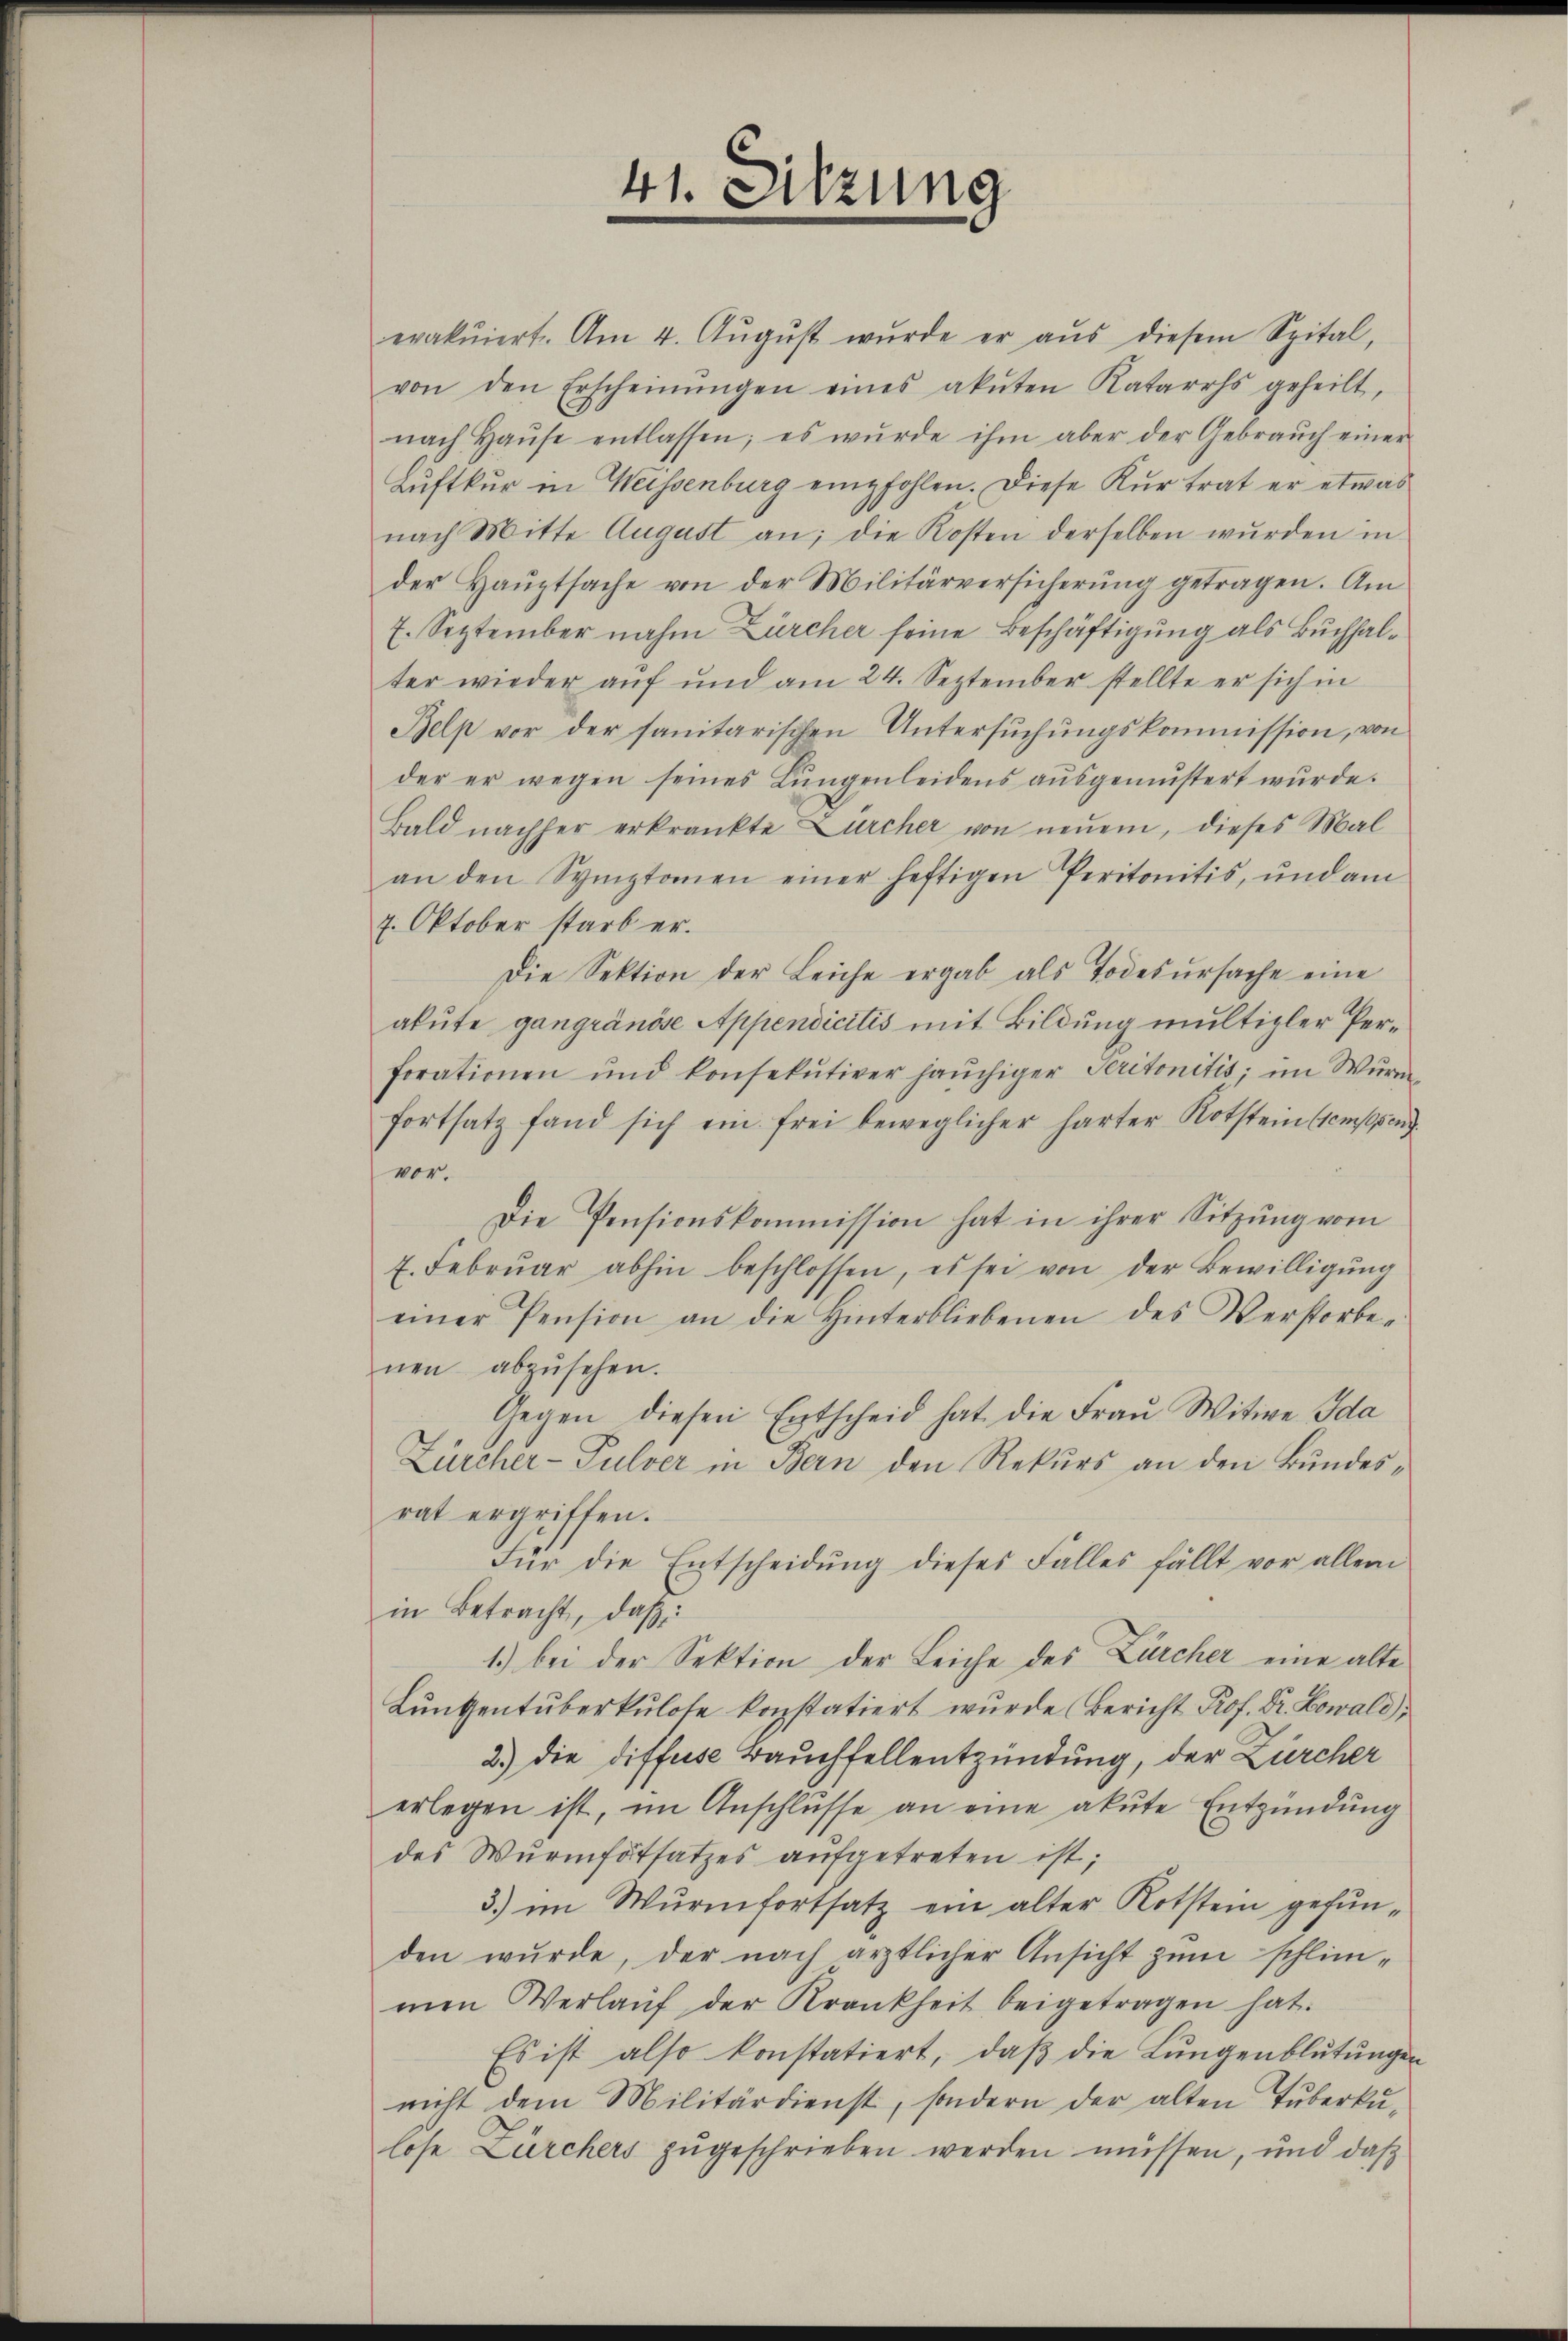
41. Sitzung

erakŭiert. Am 4. Aŭgŭst wurde er aŭs diesem Spital,
von den Erscheinŭngen eines akŭten Katarrhs geheilt,
nach Haŭse entlassen; es wurde ihm aber der Gebraŭch einer
Luftkur in Weissenburg empfohlen. Diese Kur trat er etwas
nach Mitte August an; die Kosten derselben wurden in
der Hauptsache von der Militärversicherung getragen. Am
7. September nahm Zürcher seine Beschäftigung als Buchhalter wieder auf und am 24. September stellte er sich in
Belp vor der sanitarischen Untersuchungskommission, von
der er wegen seines Lungenleidens ausgemustert wurde.
Bald nachher erkränkte Zürcher von neuem, dieses Mal
an den Symptomen einer heftigen Peritonitis, und am
7. Oktober starb er.
Die Sektion der Leiche ergab als Todesursache eine
akute gangränöse Appendicitis mit Bildung multizler Perforationen und konsekŭtiver haŭchiger Seritonitis; im Wurm
fortsatz fand sich ein frei beweglicher harter Kotstein Compen
vor.
Die Pensionskommission hat in ihrer Sitzŭng vom
7. Febrŭar abhin beschlossen, es sei von der Bewilligŭng
einer Pension an die Hinterbliebenen des Verstorbe-
nen abzŭsehen.
Gegen diesen Entscheid hat die Frau Witwe Ida
Zürcher- Pulver in Bern den Rekurs an den Bundesrat ergriffen.
Für die Entscheidŭng dieses Falles fällt vor allem
in Betracht, daß:
1.) bei der Sektion der Leiche des Zürcher eine alte
Luntentuberkulose konstatiert wurde (Bericht Prof. Dr. Kowald)
2.) Die diffuse Bauchfellentzündung, der Zürcher
erlegen ist, im Anschlüsse an eine akute Entzündung
des Wurmfotsatzes aufgetreten ist;
3) im Wurmfortsatz ein alter Kotstein gefunden wurde, der nach ärztlicher Ansicht zum schlim-
men Verlaŭf der Krankheit beigetragen hat.
Es ist also konstatiert, daβ die Lungenblŭtŭngen
nicht dem Militärdienst, sondern der alten Tuberkŭ-
lose Zürchers zugeschrieben werden müssen, und daß